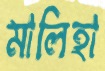
মালিহা